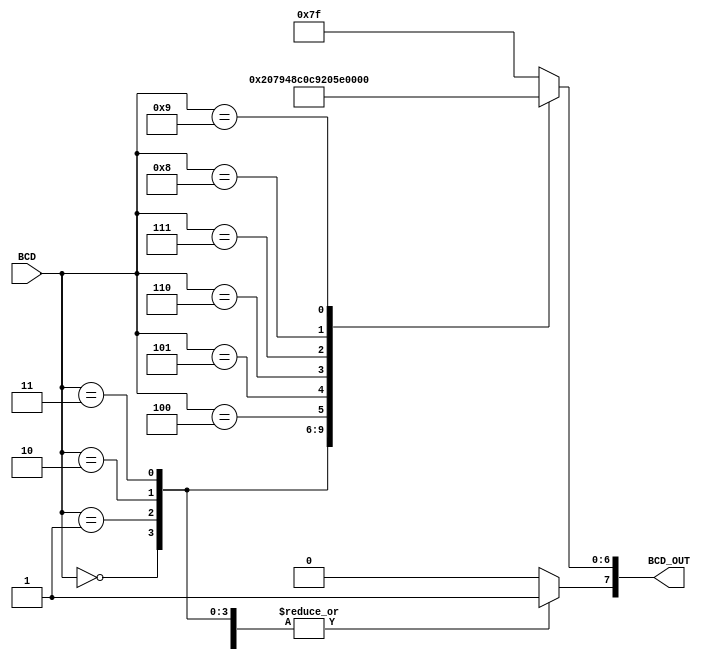
module BCD_decoder#(parameter DOT = 1)(
    input [3:0] BCD,
    output reg [7:0] BCD_OUT
);

always @(*) begin
    BCD_OUT[7] = DOT;
    case(BCD)
        4'b0000 : BCD_OUT[6:0] <= 7'b1000000;  //     a
        4'b0001 : BCD_OUT[6:0] <= 7'b1111001;  //    ----
        4'b0010 : BCD_OUT[6:0] <= 7'b0100100;  //   |   |
        4'b0011 : BCD_OUT[6:0] <= 7'b0110000;  //  f| g |b
        4'b0100 : BCD_OUT[6:0] <= 7'b0011001;  //    ----
        4'b0101 : BCD_OUT[6:0] <= 7'b0010010;  //   |   |
        4'b0110 : BCD_OUT[6:0] <= 7'b0000010;  //  e|   |c
        4'b0111 : BCD_OUT[6:0] <= 7'b1111000;  //    ----
        4'b1000 : BCD_OUT[6:0] <= 7'b0000000;  //      d
        4'b1001 : BCD_OUT[6:0] <= 7'b0010000;
    default: BCD_OUT <= 7'b1111111;
    endcase
end
endmodule